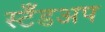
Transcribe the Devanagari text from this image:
स्टँडअप